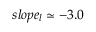
s l o p e _ { l } \simeq - 3 . 0